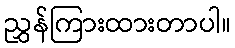
ညွှန်ကြားထားတာပါ။